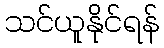
သင်ယူနိုင်ရန်